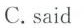
C.said